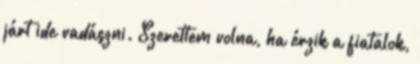
járt ide vadászni. Szerettem volna, ha érzik a fiatalok,